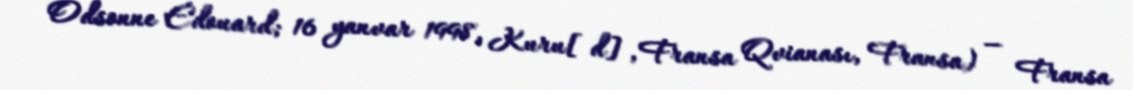
Odsonne Édouard; 16 yanvar 1998, Kuru[d], Fransa Qvianası, Fransa) — Fransa